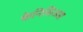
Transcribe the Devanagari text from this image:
केनिसिअस